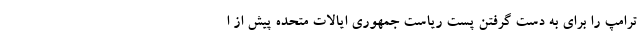
ترامپ را برای به دست گرفتن پست ریاست جمهوری ایالات متحده پیش از ا